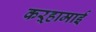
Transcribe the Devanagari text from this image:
कऱ्हामाई